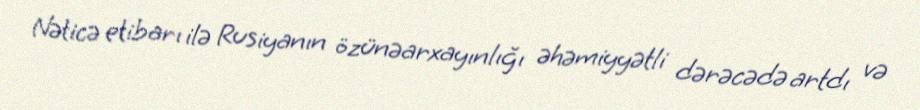
Nəticə etibarı ilə Rusiyanın özünəarxayınlığı əhəmiyyətli dərəcədə artdı və